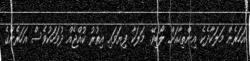
އަހަރެން މަލަކާދެކެ އިންތިހާއަށް ލޯބިވޭ. މަލަކާ ފިޔަވައި އިތުރު ކުއްޖެއް ދުވަހަކުވެސް އަހަރެންގެ